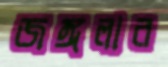
জঙ্গলার